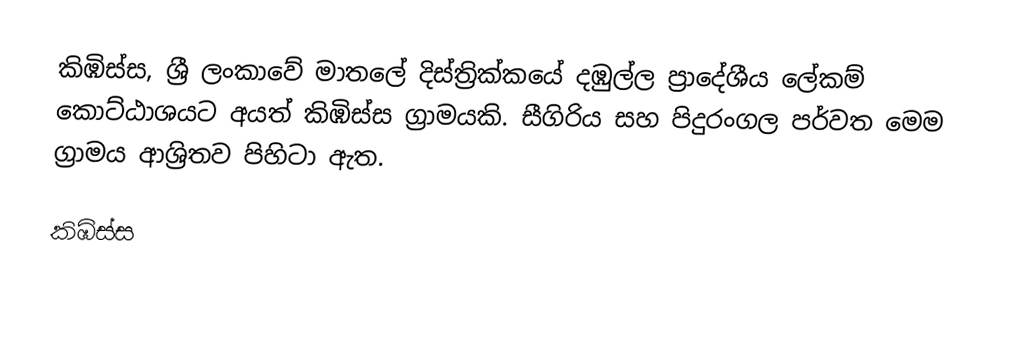
කිඹිස්ස, ශ්‍රී ලංකාවේ මාතලේ දිස්ත්‍රික්කයේ දඹුල්ල ප්‍රාදේශීය ලේකම් කොට්ඨාශයට අයත් කිඹිස්ස  ග්‍රාමයකි. සීගිරිය සහ පිදුරංගල පර්වත මෙම ග්‍රාමය ආශ්‍රිතව පිහිටා ඇත.

කිඹිස්ස